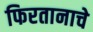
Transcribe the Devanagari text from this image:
फिरतानाचे